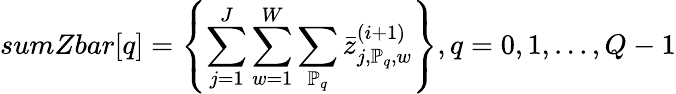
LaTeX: sumZbar[q]=\left\{ \sum_{j=1}^{J}\sum_{w=1}^{W}\sum_{\mathbb{P}_{q}}\bar{z}_{j,\mathbb{P}_{q},w}^{(i+1)}\right\} ,q=0,1,...,Q-1